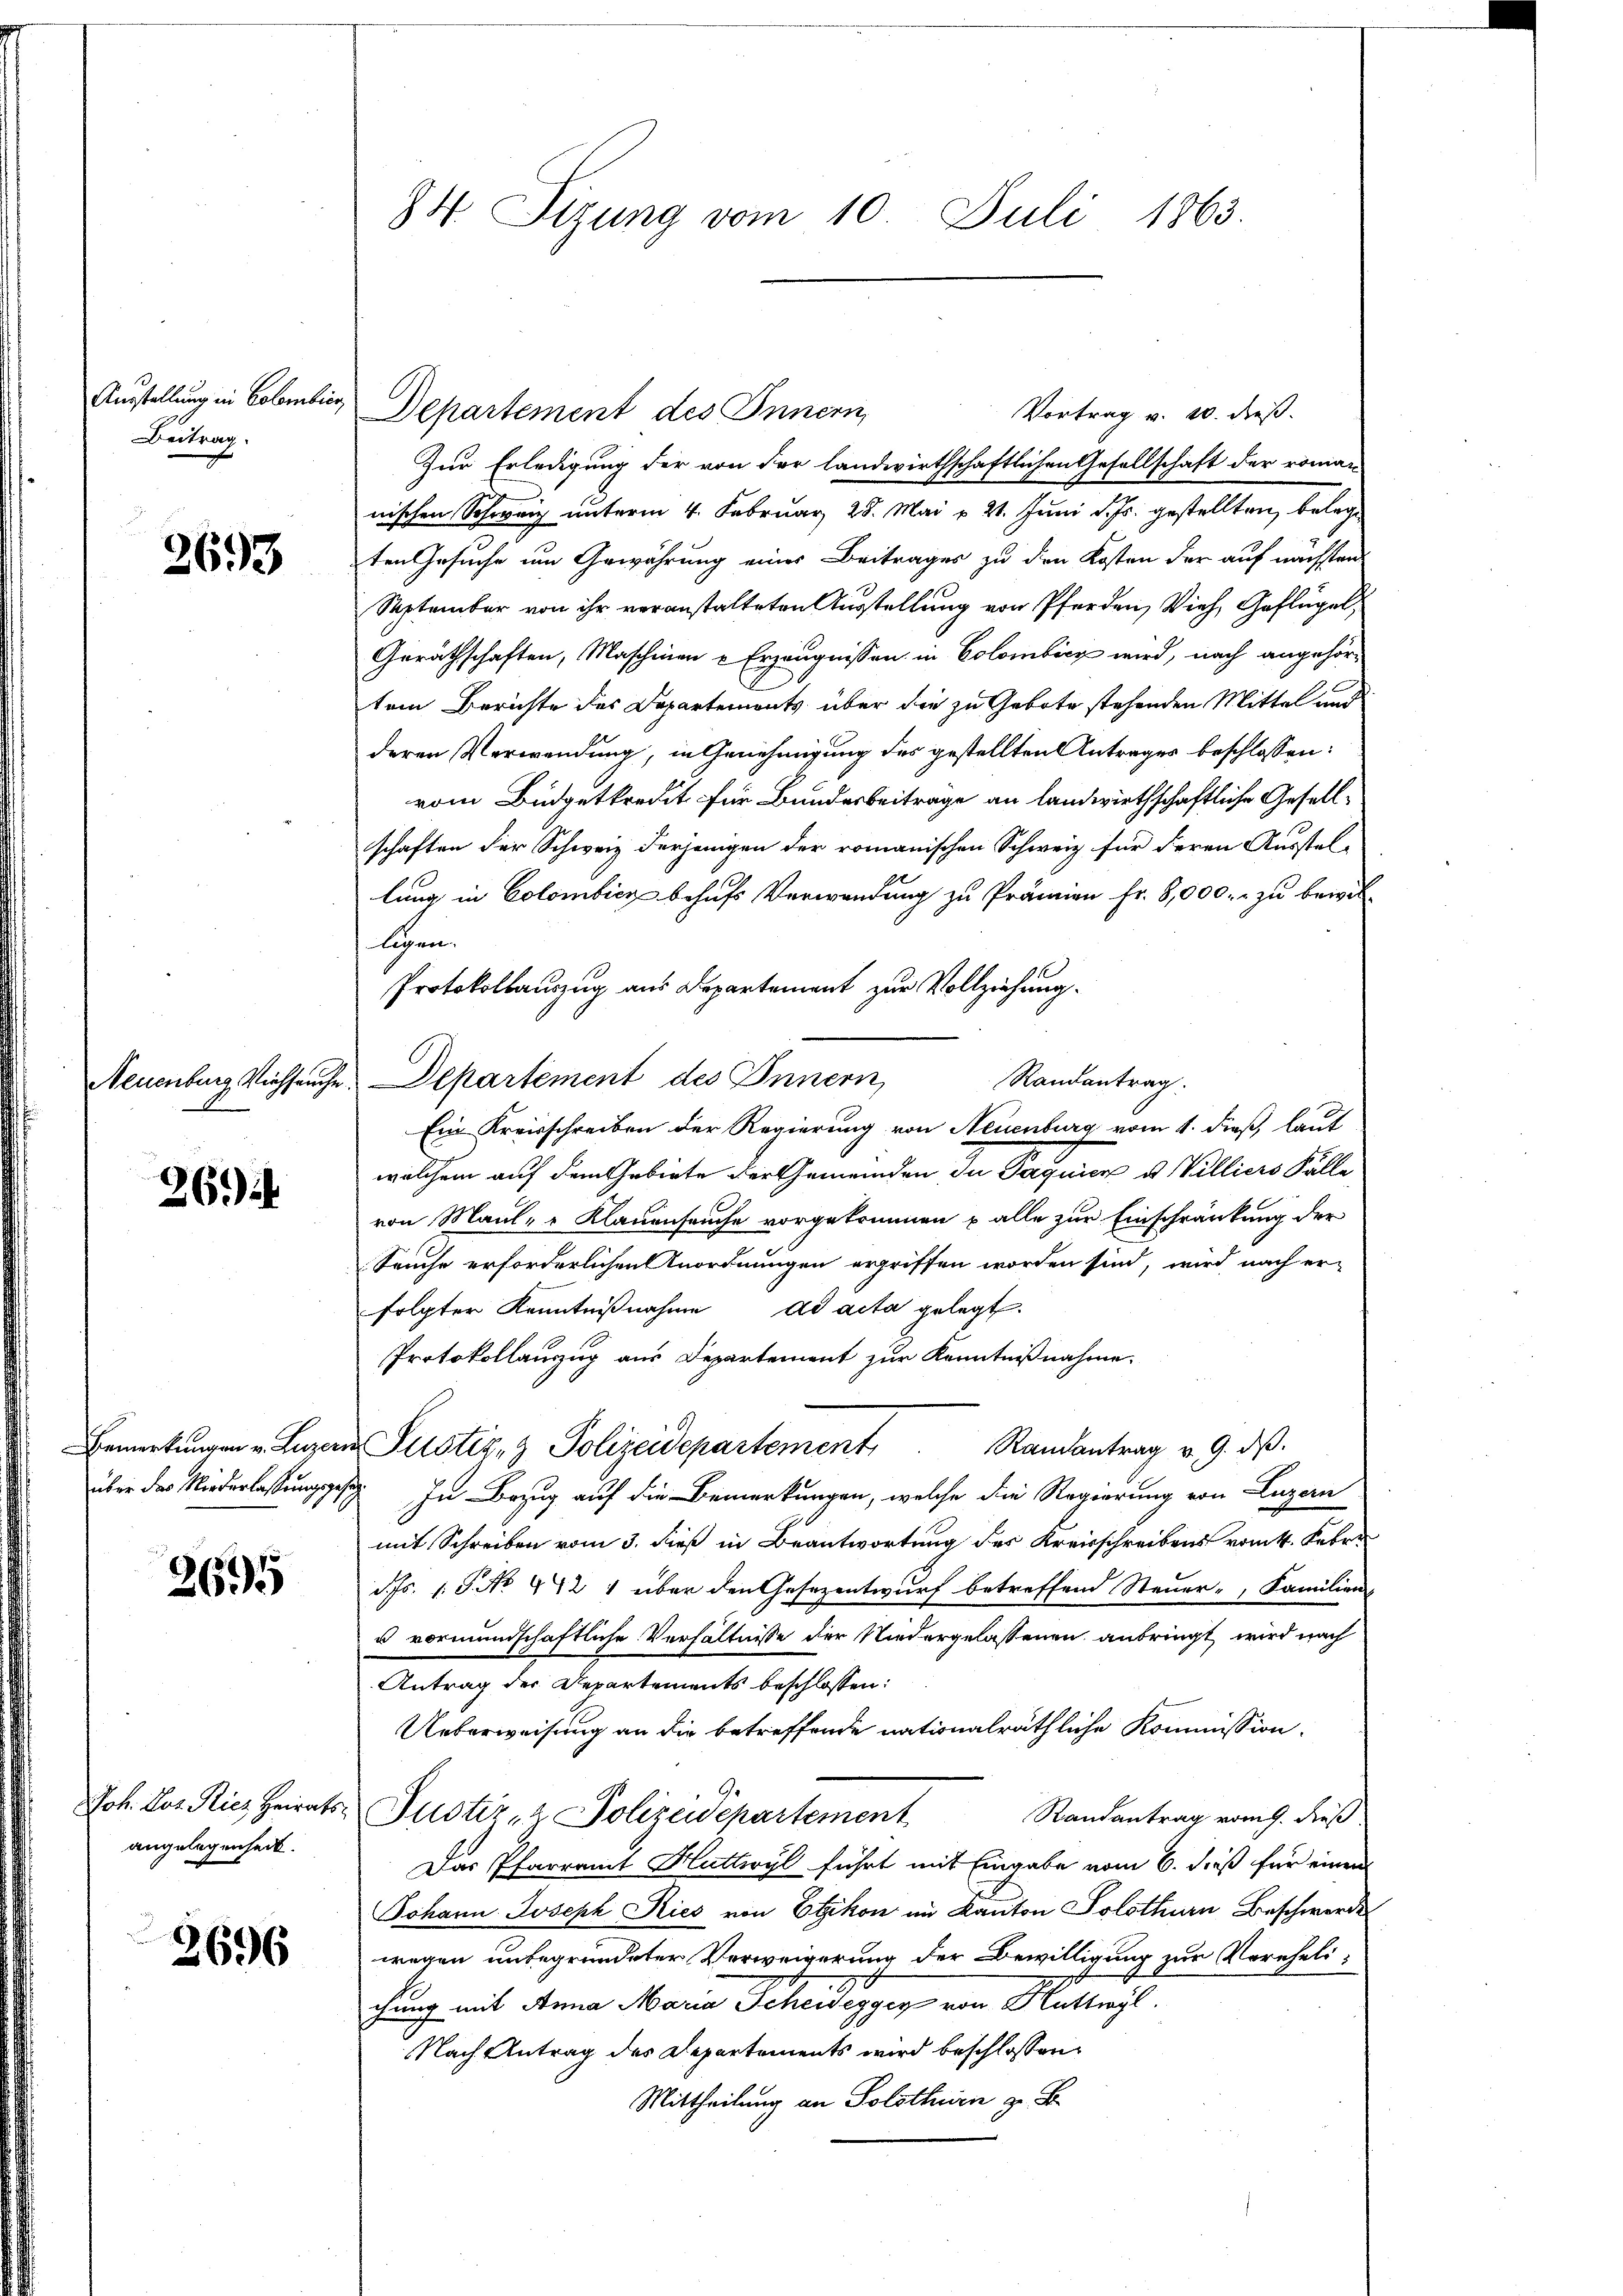
Ausstellung in Colombie
Beitrag

2693

26.) ih

2695

Joh. Jos. Ries Heirats
angelegenheit.

2696

84. Sizung vom 10. Juli 1863.

Departement des Innern,
Vortrag v. 20. dieß.
Zur Erledigung der von der landwirthschaftlichen Gesellschaft der roman-
nischen Schweiz unterm 4. Februar 28. Mai v. 21. Juni d. Js. gestellten, belegten Gesuche um Gewährung eines Beitrages zu den Kosten der auf nächsten
September von ihr veranstalteten Ausstellung von Pferden, Vieh, Geflügel,
Geräthschaften, Maschinen u Erzeugnissen in Colombicz wird, nach angehör-
tem Berichte des Departemonts über die zu Gebote stehenden Mittel und
deren Verwendung, in Genehmigung des gestellten Antrages beschlossen:
vom Büdgetkredit für Bundesbeitrage an landwirthschaftliche Gesellschaften der Schweiz derjenigen der romanischen Schweiz für deren Ausstel-
lung in Colombicz behufs Verwendung zu Prämien fr. 8,000.- zu bewill
legen.
Protokollauszug aus Departement zur Vollziehung.
Randantrag.
Neuenburg Viehseuche Departement des Innern,
Ein Kreisschreiben der Regierung von Neuenburg vom 1. dieß, laut
welchem auf dem Gebiete der Gemeinden du Paquier u Villiers Fälle
von Maul- & Klauenseuche vorgekommen u alle zur Einschränkung der
Sauche erforderlichen Anordnungen ergriffen worden sind, wird nach er-
folgter Kenntnißnahme ad acta gelegt.
Protokollauzug aus Departement zur Kenntnißnahme.
Randantrag v. 9. ds.
Bemerkungen u. Luzern Pustiz- & Polizeidepartement
über das Niederlassungsgesez In Bezug auf die Bemerkungen, welche die Regierung von Luzern
mit Schreiben vom 3. dieß in Beantwortung des Kreisschreibens vom 4. Febr.
d. Js. s. S. No. 442 1 über den Gesezentwurf betreffend Steuer-, Familien-
5 vormundschaftliche Verhältnisse der Niedergelassenen anbringt, wird nach
Antrag der Departements beschlossen:
Ueberweisung an die betreffende nationalräthliche Kommission.
Justiz- & Polizeidepartement
Randantrag vom 9. dieß
Das Pfarramt Huttwyl führt mit Eingabe vom 6. dieß für einen
Johann Joseph Kies von Etzikon im Kanton Solothurn Beschwerde
wegen unbegründeter Verweigerung der Bewilligung zur Verehelichung mit Anna Maria Scheidegger von Hütteyl.
Nach Antrag des Departements wird beschlossen:
Mittheilung an Solothurn zu B